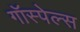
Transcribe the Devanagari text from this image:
गॉस्पेल्स